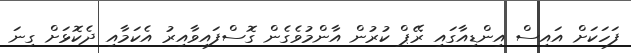
ފަހަކަށް އައިސް އިންޑިއާގައި ރޭޕް ކުރުން އާންމުވެގެން ގޮސްފައިވާއިރު އެކަމާއި ދެކޮޅަށް ގިނަ